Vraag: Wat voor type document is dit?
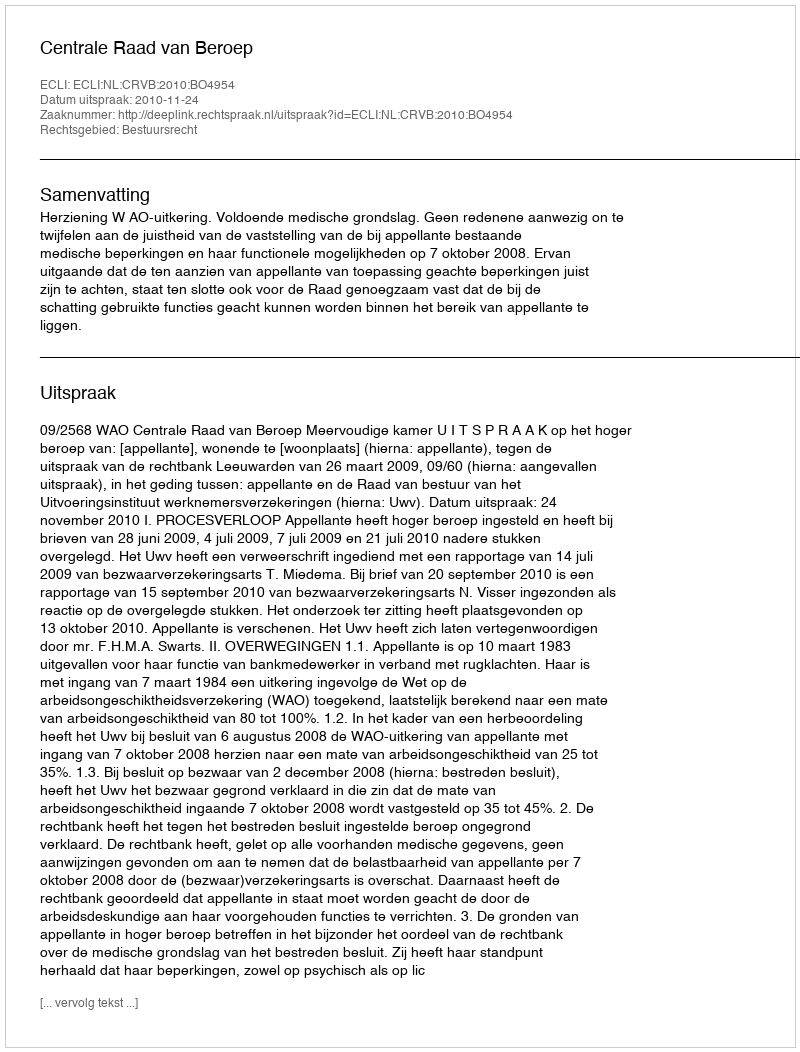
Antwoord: Uitspraak